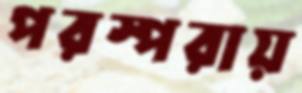
পরস্পরায়